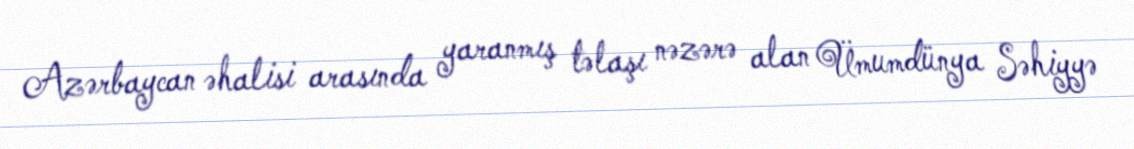
Azərbaycan əhalisi arasında yaranmış təlaşı nəzərə alan Ümumdünya Səhiyyə